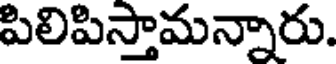
పిలిపిస్తామన్నారు.